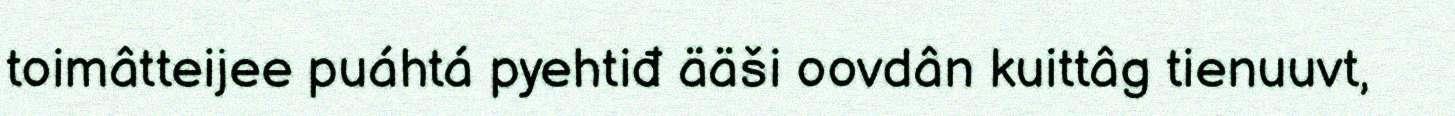
toimâtteijee puáhtá pyehtiđ ääši oovdân kuittâg tienuuvt,